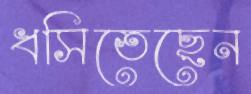
ধসিতেছেন